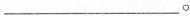
___。